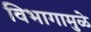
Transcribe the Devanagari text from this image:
विभागामुळे